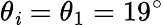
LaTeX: \theta_{\mathit{i}}=\theta_{1}=19^{\circ}